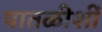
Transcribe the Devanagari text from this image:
पातळीशीं